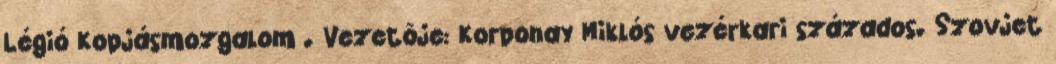
Légió Kopjásmozgalom . Vezetõje: Korponay Miklós vezérkari százados. Szovjet